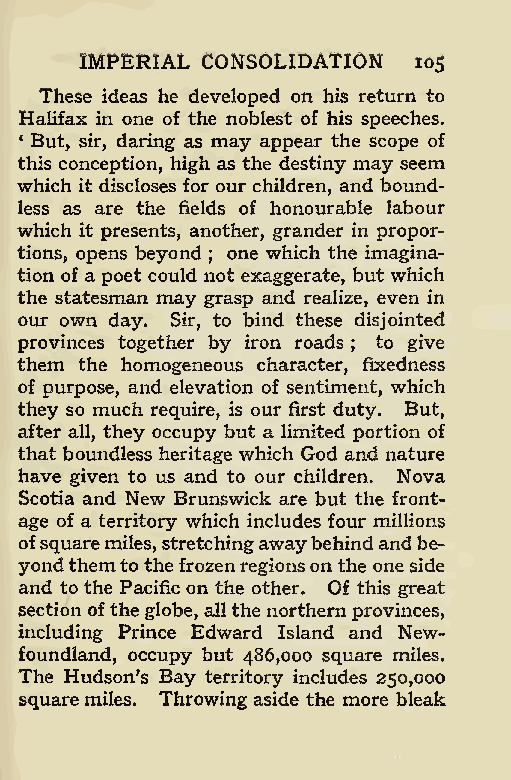
IMPERIAL CONSOLIDATION 105
 These ideas he developed on his return to
 Halifax in one of the noblest of his speeches.
 * But, sir, daring as may appear the scope of
 this conception, high as the destiny may seem
 which it discloses for our children, and bound-
 less as are the fields of honourable labour
 which it presents, another, grander in propor-
 tions, opens beyond one which the imagina-
 ;
 tion of a poet could not exaggerate, but which
 the statesman may grasp and realize, even in
 our own day. Sir, to bind these disjointed
 provinces together by iron roads to give
 ;
 them the homogeneous character, fixedness
 of purpose, and elevation of sentiment, which
 they so much require, is our first duty. But,
 after all, they occupy but a limited portion of
 that boundless heritage which God and nature
 have given to us and to our children. Nova
 Scotia and New Brunswick are but the front-
 age of a territory which includes four millions
 ofsquaremiles,stretchingawaybehindandbe-
 yondthem,to the frozenregionsonthe oneside
 and to the Pacific on the other. Of this great
 section oftheglobe, allthe northern provinces,
 including Prince Edward Island and New-
 foundland, occupy but 486,000 square miles.
 The Hudson’s Bay territory includes 250,000
 square miles. Throwing aside the more bleak